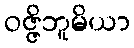
ဝဇ္ဇိဘူမိယာ